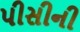
પીસીની